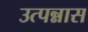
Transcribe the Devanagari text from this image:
उत्पन्नास